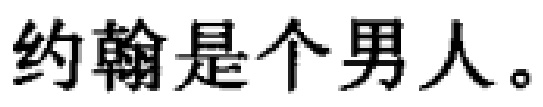
约翰是个男人。